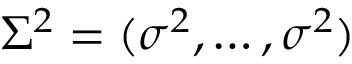
\Sigma ^ { 2 } = ( \sigma ^ { 2 } , \ldots , \sigma ^ { 2 } )